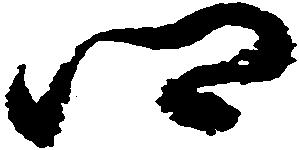
郷